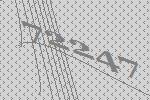
72247